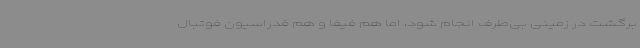
برگشت در زمینی بی‌طرف انجام شود، اما هم فیفا و هم فدراسیون فوتبال